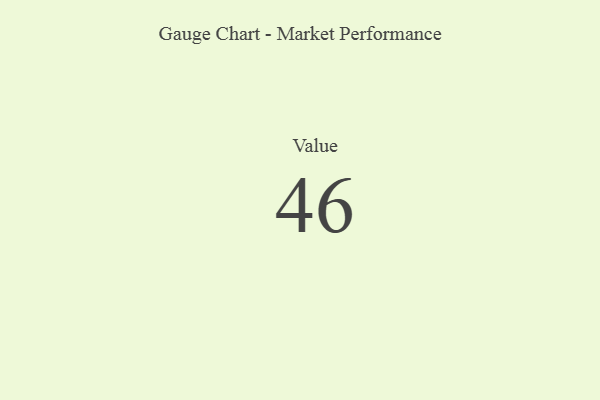
{"axis": {"x": "Metric", "y": "Value"}, "legend": [""], "data": [{"x": "Value", "y": 46, "type": ""}]}